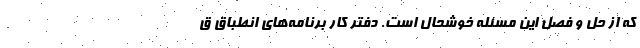
که از حل و فصل این مسئله خوشحال است. دفتر کار برنامه‌های انطباق ق